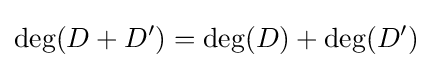
\deg(D+D')=\deg(D)+\deg(D')